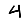
Digit: 4